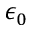
\epsilon _ { 0 }